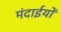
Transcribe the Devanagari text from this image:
मंदाईयों